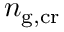
n _ { \mathrm { g , c r } }